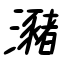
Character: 瀦